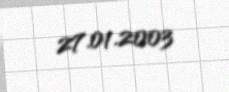
27.01.2003